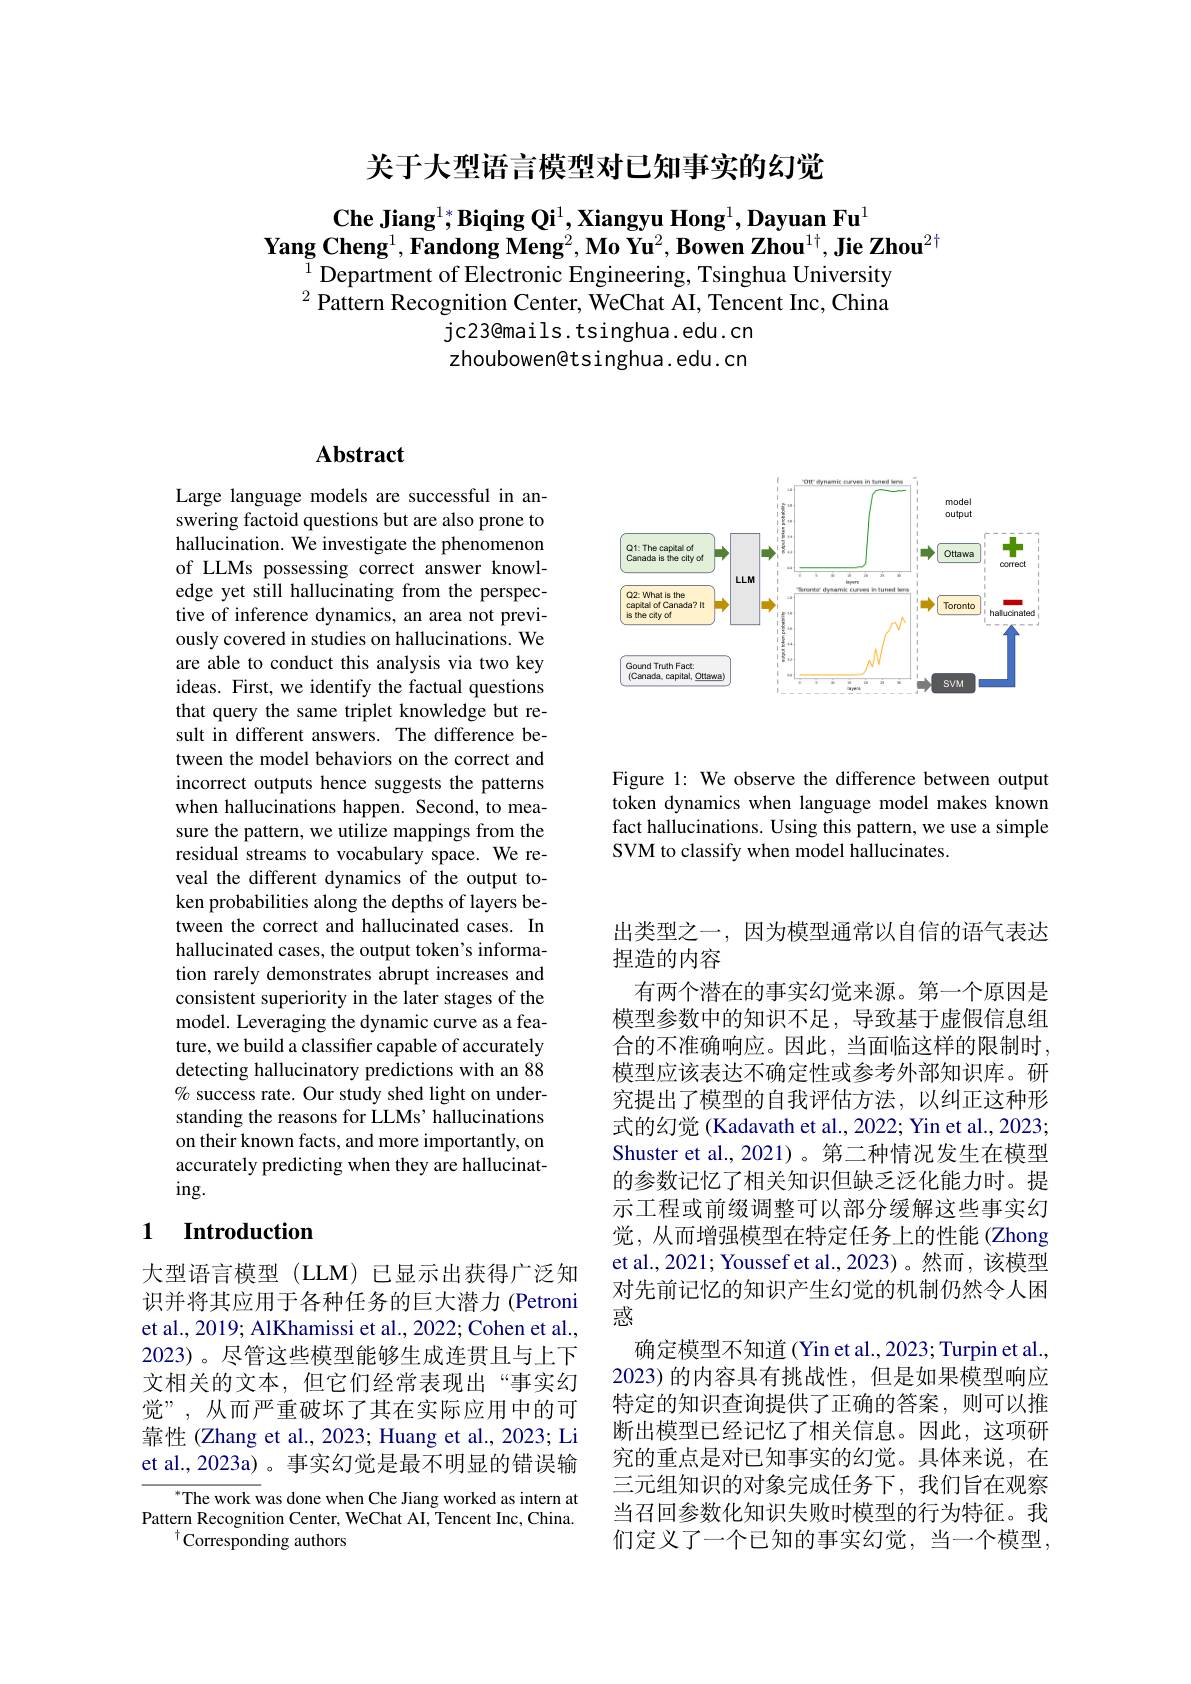
关于大型语言模型对已知事实的幻觉

$\textbf{Che Jiang}^1;\textbf{Biqing Qi}^1,\textbf{Xiangyu Hong}^1,\textbf{Dayuan Fu}^1$
$\textbf{Yang Cheng}^1,\textbf{Fandong Meng}^2,\textbf{Mo Yu}^2,\textbf{Bowen Zhou}^{1\dagger},\textbf{Jie Zhou}^{2\dagger}$
$^{1}$Department of Electronic Engineering, Tsinghua University

$^{2}\hat{\text{ Pattern Recognition Center, WeChat AI, Tencent Inc, China}}$
jc23@mails.tsinghua.edu.cn zhoubowen@tsinghua. edu. cn

## $\mathbf{Abstract}$

Large language models are successful in answering factoid questions but are also prone to hallucination. We investigate the phenomenon of LLMs possessing correct answer knowledge yet still hallucinating from the perspective of inference dynamics, an area not previously covered in studies on hallucinations. We are able to conduct this analysis via two key ideas. First, we identify the factual questions that query the same triplet knowledge but result in different answers. The difference between the model behaviors on the correct and incorrect outputs hence suggests the patterns when hallucinations happen. Second, to measure the pattern, we utilize mappings from the residual streams to vocabulary space. We reveal the different dynamics of the output token probabilities along the depths of layers between the correct and hallucinated cases. In hallucinated cases, the output token's information rarely demonstrates abrupt increases and consistent superiority in the later stages of the model. Leveraging the dynamic curve as a feature, we build a classifier capable of accurately detecting hallucinatory predictions with an 88 % success rate. Our study shed light on understanding the reasons for LLMs' hallucinations on their known facts, and more importantly, on accurately predicting when they are hallucinat- $ing.$

### 1 $\textbf{Introduction}$

大型语言模型(LLM)已显示出获得广泛知识并将其应用于各种任务的巨大潜力(Petronin Touling Tous et al., 2019; AlKhamissi et al., 2022; Cohen et al., 2023)。尽管这些模型能够生成连贯且与上下文相关的文本，但它们经常表现出“事实幻觉”,从而严重破坏了其在实际应用中的可靠性 (Zhang et al., 2023; Huang et al., 2023; Li et al.,2023a)。事实幻觉是最不明显的错误输

$^*$The work was done when Che Jiang worked as intern at Pattern Recognition Center, WeChat AI, Tencent Inc, China.
$^{\dagger}$Corresponding authors

<FigureHere>

Figure 1: We observe the difference between output token dynamics when language model makes known fact hallucinations. Using this pattern, we use a simple SVM to classify when model hallucinates.

出类型之一，因为模型通常以自信的语气表达
捏造的内容
有两个潜在的事实幻觉来源。第一个原因是模型参数中的知识不足，导致基于虚假信息组合的不准确响应。因此，当面临这样的限制时， 模型应该表达不确定性或参考外部知识库。研究提出了模型的自我评估方法，以纠正这种形式的幻觉 (Kadavath et al., 2022; Yin et al., 2023; Shuster et al.,2021)。第二种情况发生在模型的参数记忆了相关知识但缺乏泛化能力时。提示工程或前缀调整可以部分缓解这些事实幻觉，从而增强模型在特定任务上的性能(Zhong et al., 2021; Youssef et al., 2023)。然而，该模型对先前记忆的知识产生幻觉的机制仍然令人困惑
确定模型不知道(Yin et al., 2023; Turpin et al., 2023)的内容具有挑战性，但是如果模型响应特定的知识查询提供了正确的答案，则可以推断出模型已经记忆了相关信息。因此，这项研究的重点是对已知事实的幻觉。具体来说，在三元组知识的对象完成任务下，我们旨在观察当召回参数化知识失败时模型的行为特征。我们定义了一个已知的事实幻觉，当一个模型